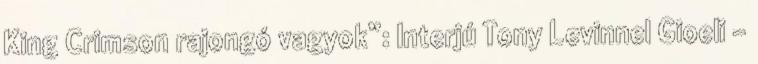
King Crimson rajongó vagyok”: Interjú Tony Levinnel Gioeli -